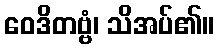
ဝေဒိတဗ္ဗံ၊ သိအပ်၏။